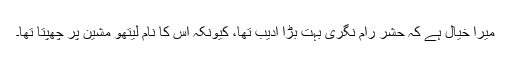
میرا خیال ہے کہ حشر رام نگری بہت بڑا ادیب تھا، کیونکہ اس کا نام لیتھو مشین پر چھپتا تھا۔